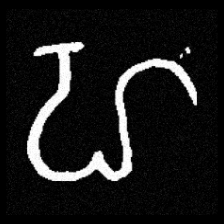
Pyu character \u2014 Myanmar letter: ဟ (romanized: ha)